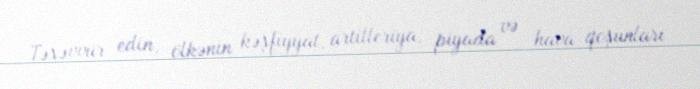
Təsəvvür edin, ölkənin kəşfiyyat, artilleriya, piyada və hava qoşunları